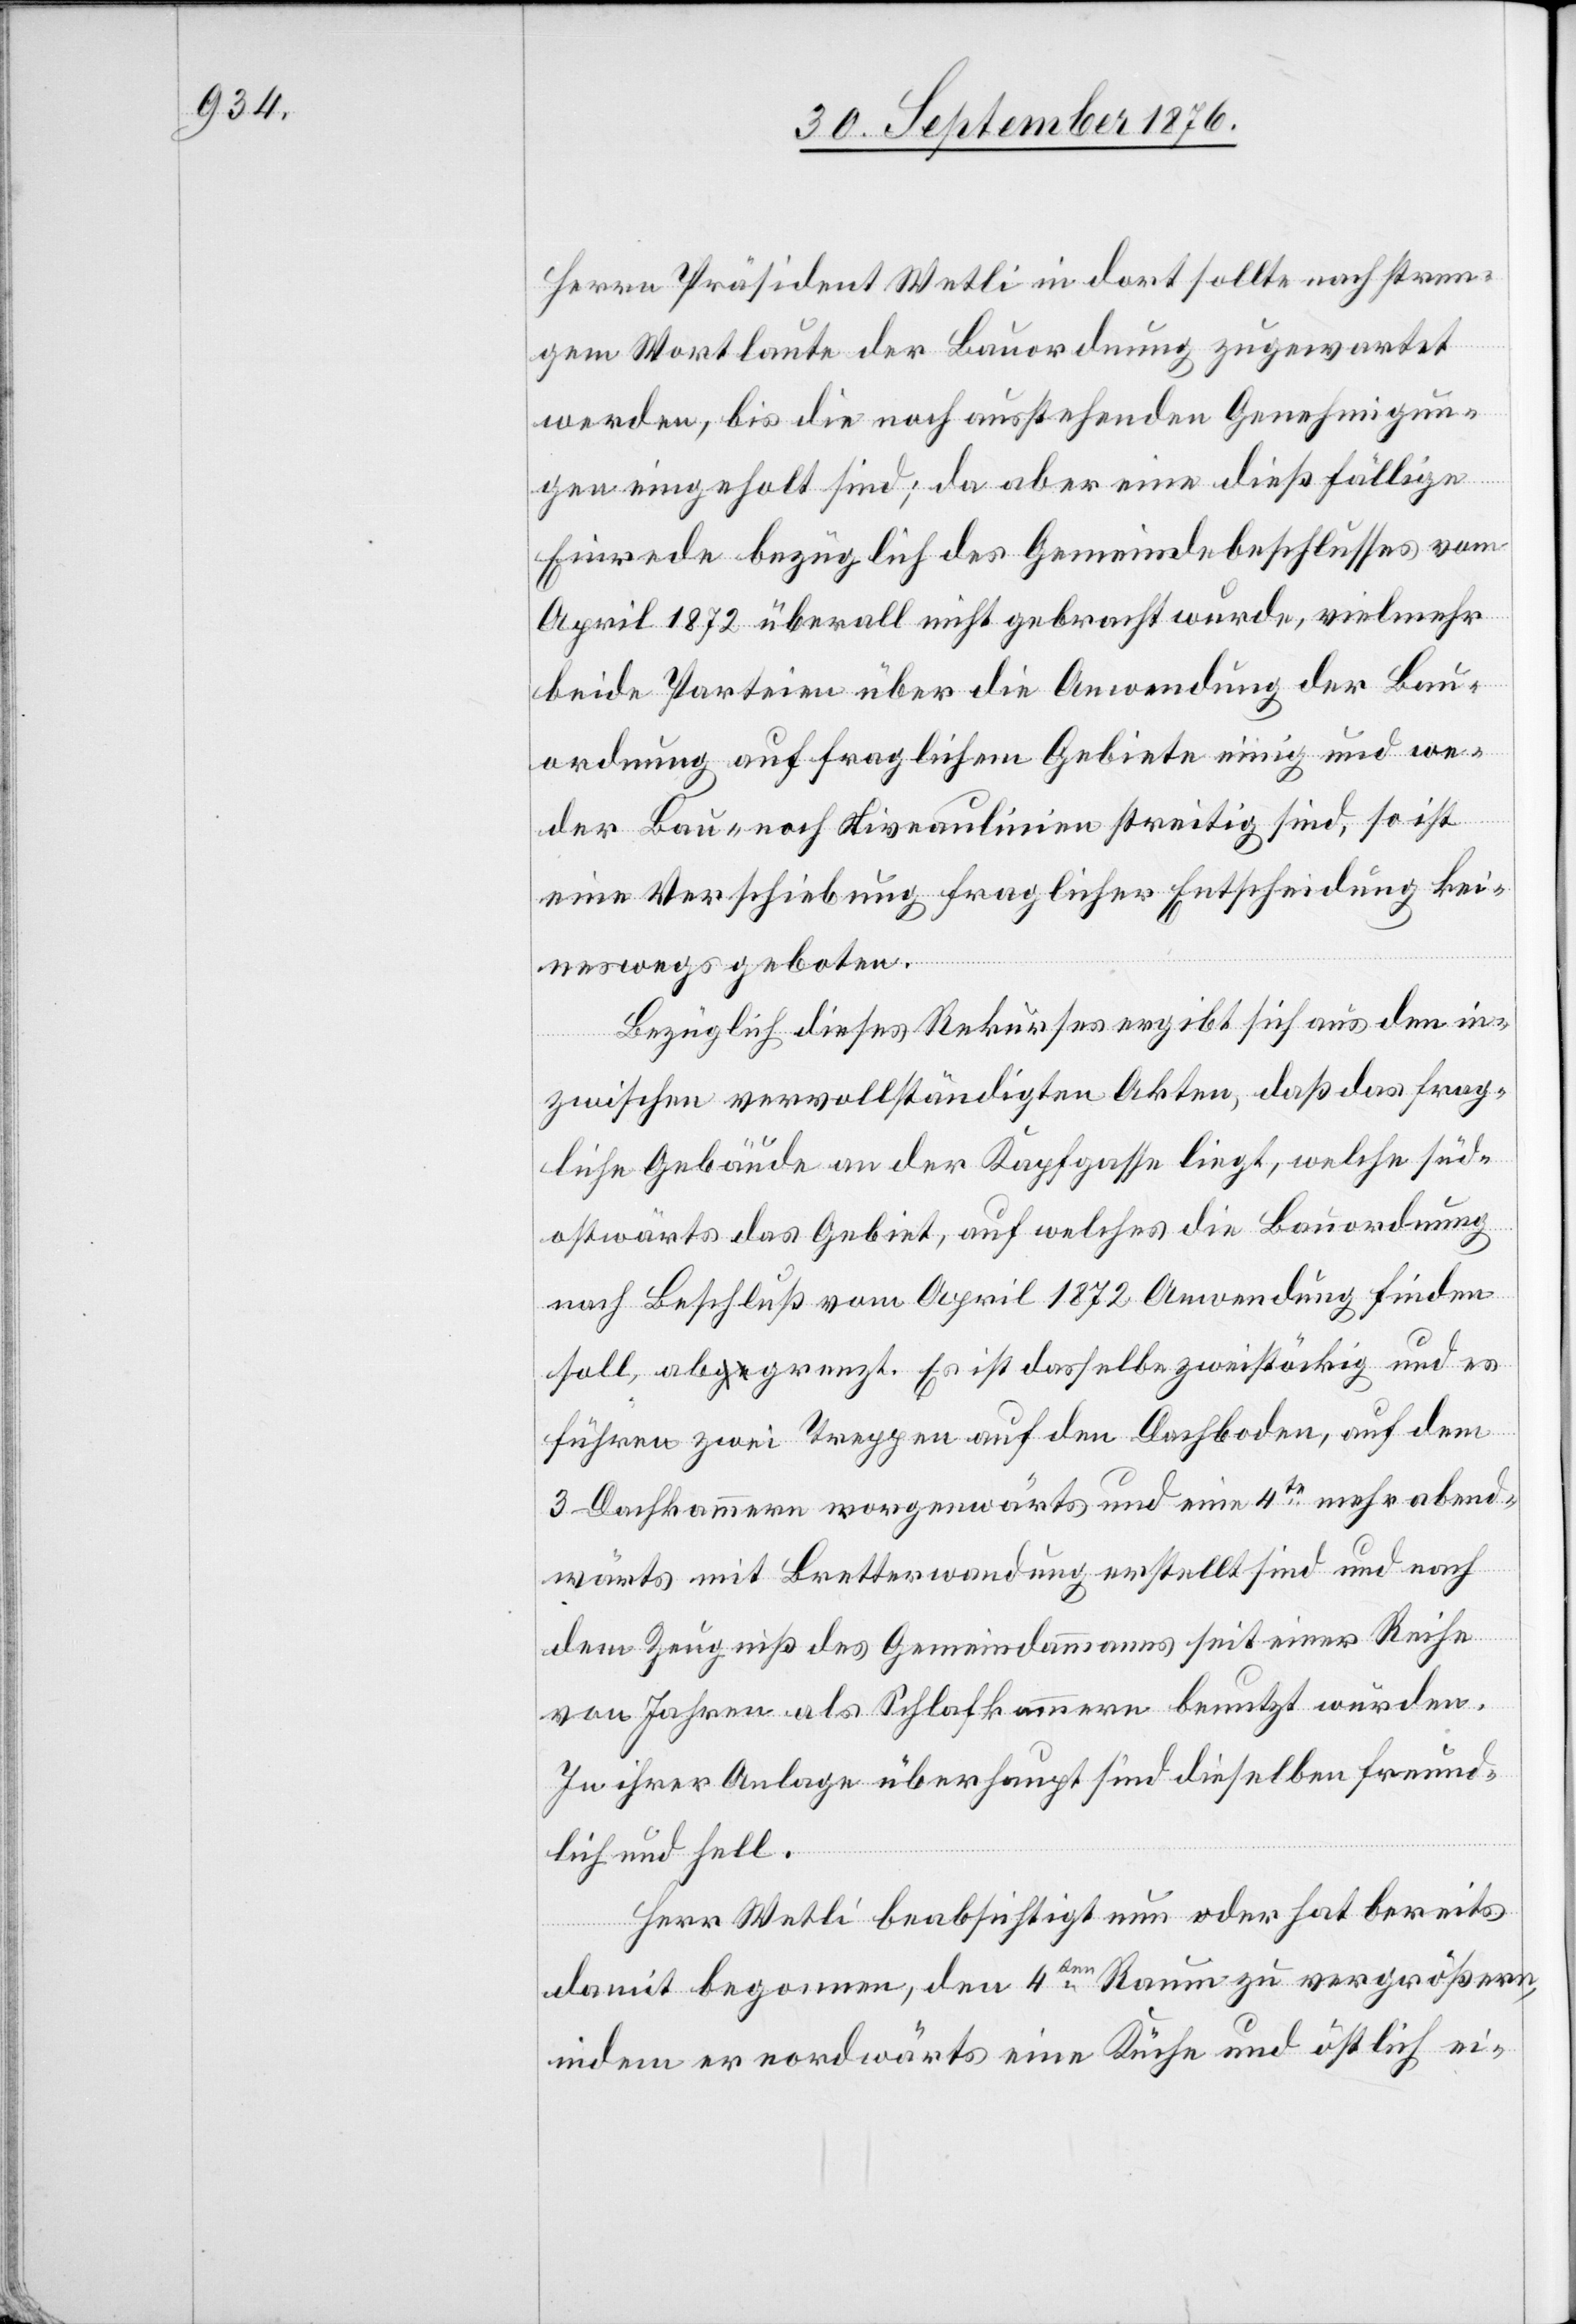
Herrn Präsident Wetli in dort sollte nach stren¬
gem Wortlaute der Bauordnung zugewartet
werden, bis die noch ausstehenden Genehmigun¬
gen eingeholt sind; da aber eine dießfällige
Einrede bezüglich des Gemeindebeschlusses vom
April 1872 überall nicht gebracht wurde, vielmehr
beide Parteien über die Anwendung der Bau¬
ordnung auf fraglichem Gebiete einig und we¬
der Bau- noch Niveaulinien streitig sind, so ist
eine Verschiebung fraglicher Entscheidung kei¬
neswegs geboten.
Bezüglich dieses Rekurses ergibt sich aus den in¬
zwischen vervollständigten Akten, daß das frag¬
liche Gebäude an der Kapfgasse liegt, welche süd¬
ostwärts das Gebiet, auf welches die Bauordnung
nach Beschluß vom April 1872 Anwendung finden
soll, abgrenzt. Es ist dasselbe zweistöckig und es
führen zwei Treppen auf den Dachboden, auf dem
3 Dachkammern morgenwärts und eine 4te mehr abend¬
wärts mit Bretterwandung erstellt sind und nach
dem Zeugniß des Gemeindammanns seit einer Reihe
von Jahren als Schlafkammern benutzt wurden.
In ihrer Anlage überhaupt sind dieselben freund¬
lich und hell.
Herr Wetli beabsichtigt nun oder hat bereits
damit begonnen, den 4ten Raum zu vergrößern,
indem er nordwärts eine Küche und östlich ei-